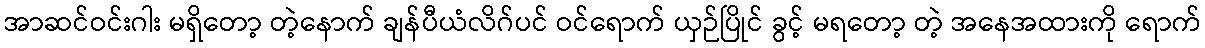
အာဆင်ဝင်းဂါး မရှိတော့ တဲ့နောက် ချန်ပီယံလိဂ်ပင် ဝင်ရောက် ယှဉ်ပြိုင် ခွင့် မရတော့ တဲ့ အနေအထားကို ရောက်